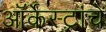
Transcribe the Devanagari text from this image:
ऑर्केस्ट्रांचे